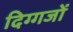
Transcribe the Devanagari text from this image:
दिग्‍गजों